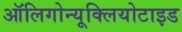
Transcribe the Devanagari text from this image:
ऑलिगोन्यूक्लियोटाइड